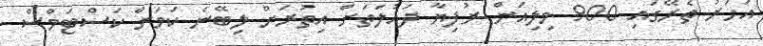
އަހަރު ތެރޭގައި 900 މިލިއަން ރުފިޔާ ދައުލަތަށް އިތުރަށް ލިބޭނެ ކަމަށް ކަސްޓަމްސް